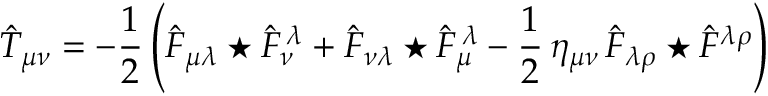
\hat { T } _ { \mu \nu } = - \frac { 1 } { 2 } \left( \hat { F } _ { \mu \lambda } \star \hat { F } _ { \nu } ^ { \, \lambda } + \hat { F } _ { \nu \lambda } \star \hat { F } _ { \mu } ^ { \, \lambda } - \frac { 1 } { 2 } \, \eta _ { \mu \nu } \, \hat { F } _ { \lambda \rho } \star \hat { F } ^ { \lambda \rho } \right)